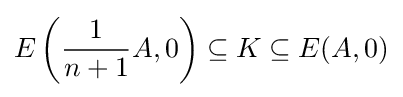
E\left({\frac {1}{n+1}}A,0\right)\subseteq K\subseteq E(A,0)